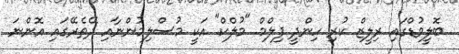
ބޮލީވުޑްގައި ރިލީޒް ކުރި ހިންދީ ފިލްމް "މުލްކް" އަކީ މުސްލިމުންނާއި ދޭތެރޭގައި އޮންނަ